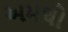
અમથો